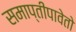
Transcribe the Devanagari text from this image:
समाप्तीपावेतो